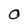
Character: O